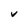
Character: V